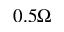
0 . 5 \Omega